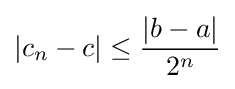
|c_{n}-c|\leq {\frac {|b-a|}{2^{n}}}